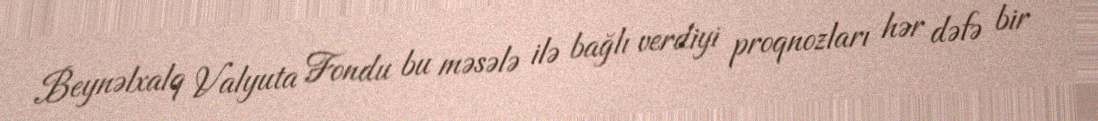
Beynəlxalq Valyuta Fondu bu məsələ ilə bağlı verdiyi proqnozları hər dəfə bir